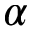
\alpha